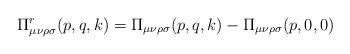
LaTeX: \begin{align*}\Pi^r_{\mu \nu \rho \sigma}(p,q,k)= \Pi_{\mu \nu \rho \sigma}(p,q,k)- \Pi_{\mu \nu \rho \sigma}(p,0,0)\end{align*}